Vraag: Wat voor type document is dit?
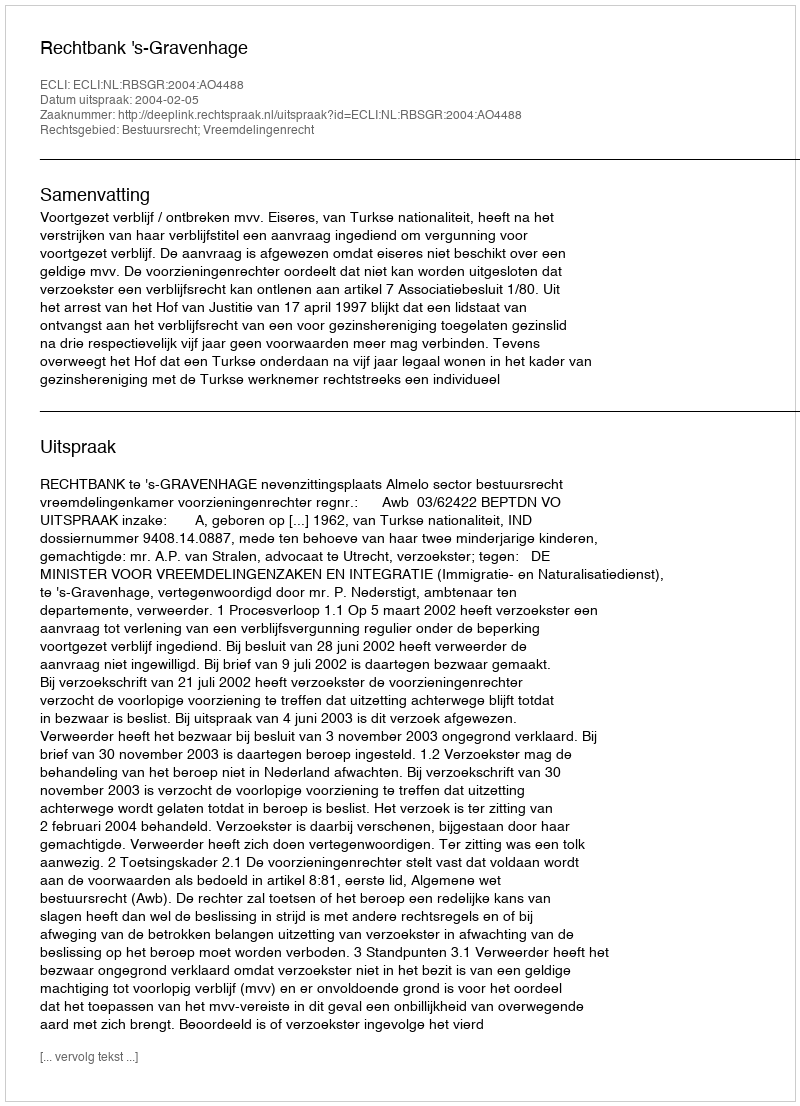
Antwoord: Uitspraak